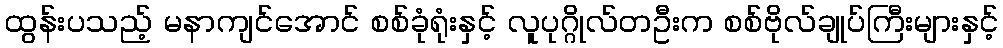
ထွန်းပသည့် မနာကျင်အောင် စစ်ခုံရုံးနှင့် လူပုဂ္ဂိုလ်တဦးက စစ်ဗိုလ်ချုပ်ကြီးများနှင့်